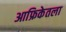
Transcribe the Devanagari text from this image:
आफ्रिकेतला